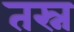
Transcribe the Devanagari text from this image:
तस्न